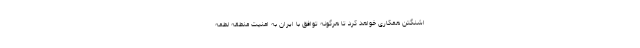
اشنگتن همکاری خواهد کرد تا هرگونه توافق با ایران به امنیت منطقه لطمه